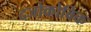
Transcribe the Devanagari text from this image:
दजोकोविक